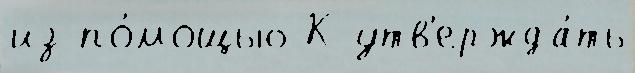
из по́мощью К утв'ержда́ть